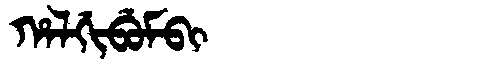
Manchu: ᡥᠠᠯᡤᡳᠪᡠᠮᠪᡳ
Romanization: HALGIBUMBI